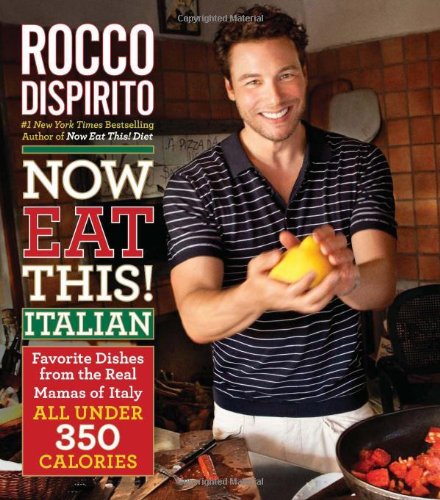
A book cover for Now Eat This! Italian: Favorite Dishes from the Real Mamas of Italy--All Under 350 Calories; Rocco DiSpirito; Cookbooks, Food & Wine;